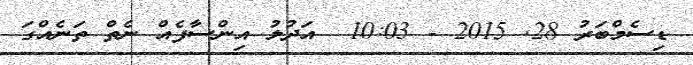
ޑިސެމްބަރު 28